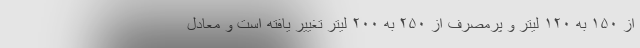
از ۱۵۰ به ۱۲۰ لیتر و پرمصرف از ۲۵۰ به ۲۰۰ لیتر تغییر یافته است و معادل